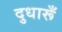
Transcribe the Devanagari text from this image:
दुधारूँ